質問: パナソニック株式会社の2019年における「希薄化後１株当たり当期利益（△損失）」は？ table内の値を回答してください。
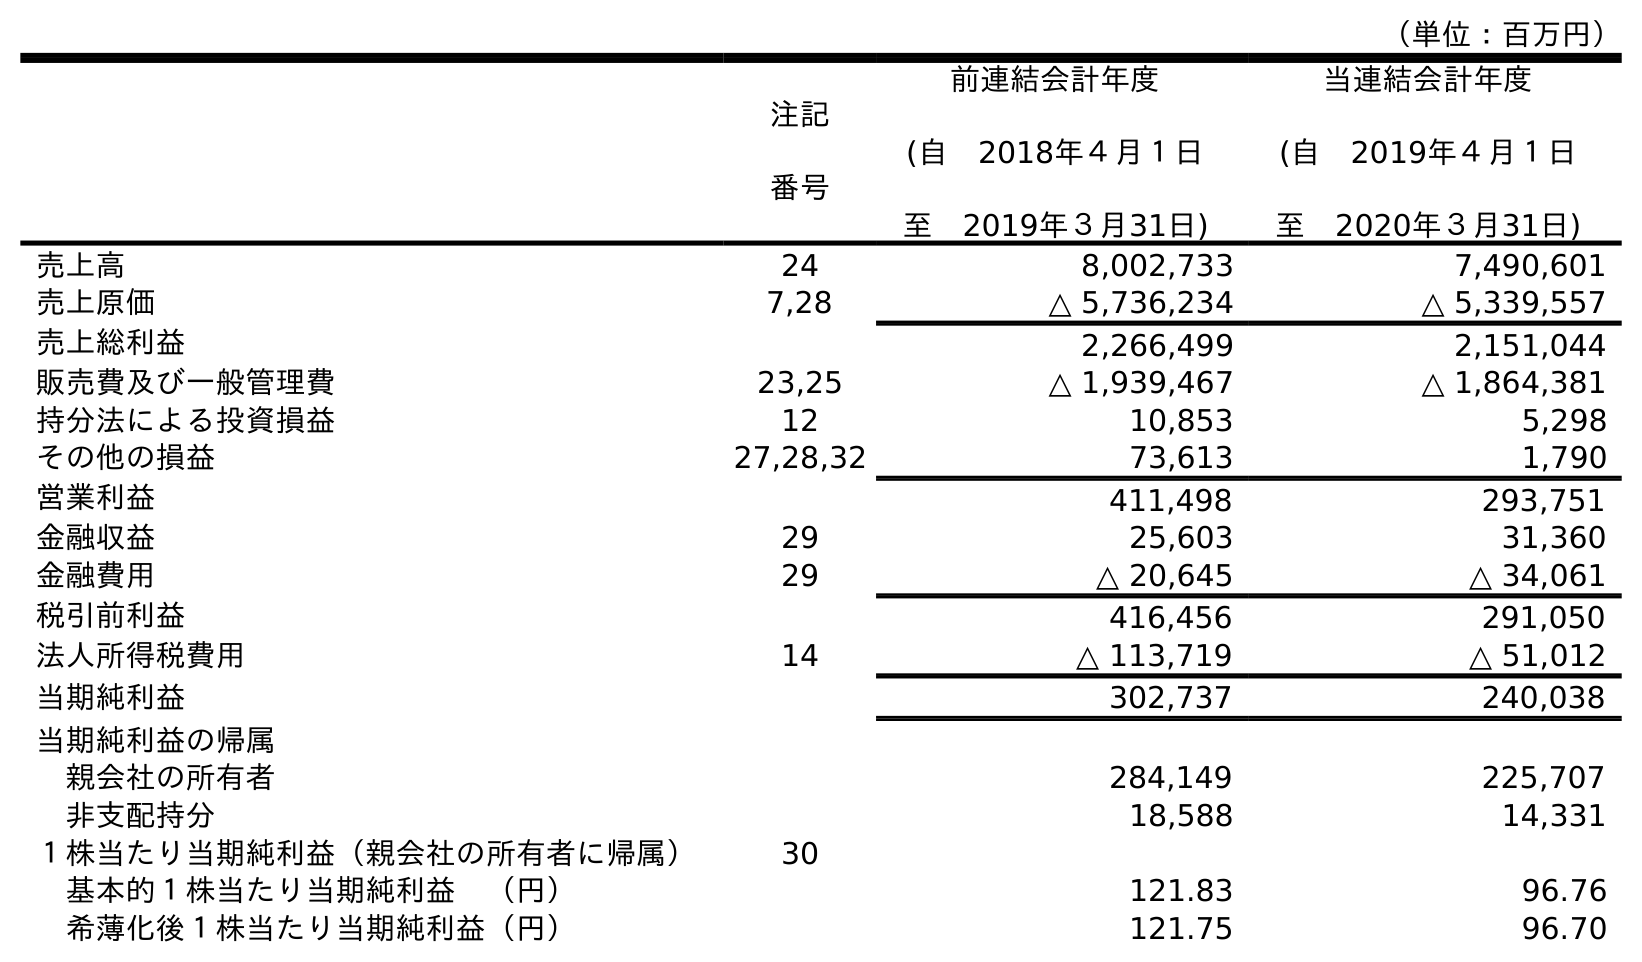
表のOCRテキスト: （単位：百万円） 注記 番号 前連結会計年度 (自 2018年４月１日 至 2019年３月31日) 当連結会計年度 (自 2019年４月１日 至 2020年３月31日) 売上高 24 8,002,733 7,490,601 売上原価 7,28 △ 5,736,234 △ 5,339,557 売上総利益 2,266,499 2,151,044 販売費及び一般管理費 23,25 △ 1,939,467 △ 1,864,381 持分法による投資損益 12 10,853 5,298 その他の損益 27,28,32 73,613 1,790 営業利益 411,498 293,751 金融収益 29 25,603 31,360 金融費用 29 △ 20,645 △ 34,061 税引前利益 416,456 291,050 法人所得税費用 14 △ 113,719 △ 51,012 当期純利益 302,737 240,038 当期純利益の帰属 親会社の所有者 284,149 225,707 非支配持分 18,588 14,331 １株当たり当期純利益（親会社の所有者に帰属） 30 基本的１株当たり当期純利益 （円） 121.83 96.76 希薄化後１株当たり当期純利益（円） 121.75 96.70
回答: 121.75